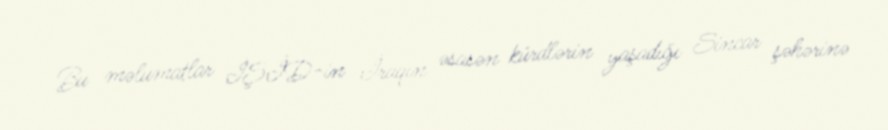
Bu məlumatlar İŞİD-in İraqın əsasən kürdlərin yaşadığı Sincar şəhərinə